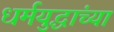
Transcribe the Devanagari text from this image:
धर्मयुद्धांच्या